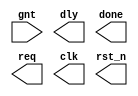
module fsm_cc4_fp(gnt, dly, done, req, clk, rst_n);
// index into the state register, not state encodings
input gnt;
output dly, done, req, clk, rst_n;

parameter [3:0] IDLE = 0,
                BBUSY = 1,
                BWAIT = 2,
                BFRER = 3;
// onehot requires larger declaration
reg [3:0] state, next;

always @(posedge clk or negedge rst_n)
    if(!rst_n) begin
        state       <= 4'b0;
        state[IDLE] <= 1'b1; // reset modification
    end
    else state  <=  next;
    
always @(state or dly or done or req) begin
    next = 4'b0; //must make all-0s assignment
    gnt = 1'b0;
    case(1'b1)  // ambit synthesis case = full, parallel
        state[IDLE]:    if(req)     next[BBUSY] =   1'b1;
                        else        next[IDLE]  = 1'b1;
                        
        state[BBUSY]:   begin
                            gnt = 1'b1;
                            if (!done)      next[BBUSY] = 1'b1;
                            else if (dly)   next[BWAIT] = 1'b1;
                            else            next[BFREE] = 1'b1;
                        end
                        
        state[BWAIT]:   begin
                            gnt = 1'b1;
                            if (!dly)       next[BFREE] = 1'b1;
                            else            next[BWAIT] = 1'b1;
                        end
        
        state[BFREE]:   begin
                            if (req)        next[BBUSY] = 1'b1;
                            else            next[IDLE]  = 1'b1;
                        end
    endcase
end

endmodule